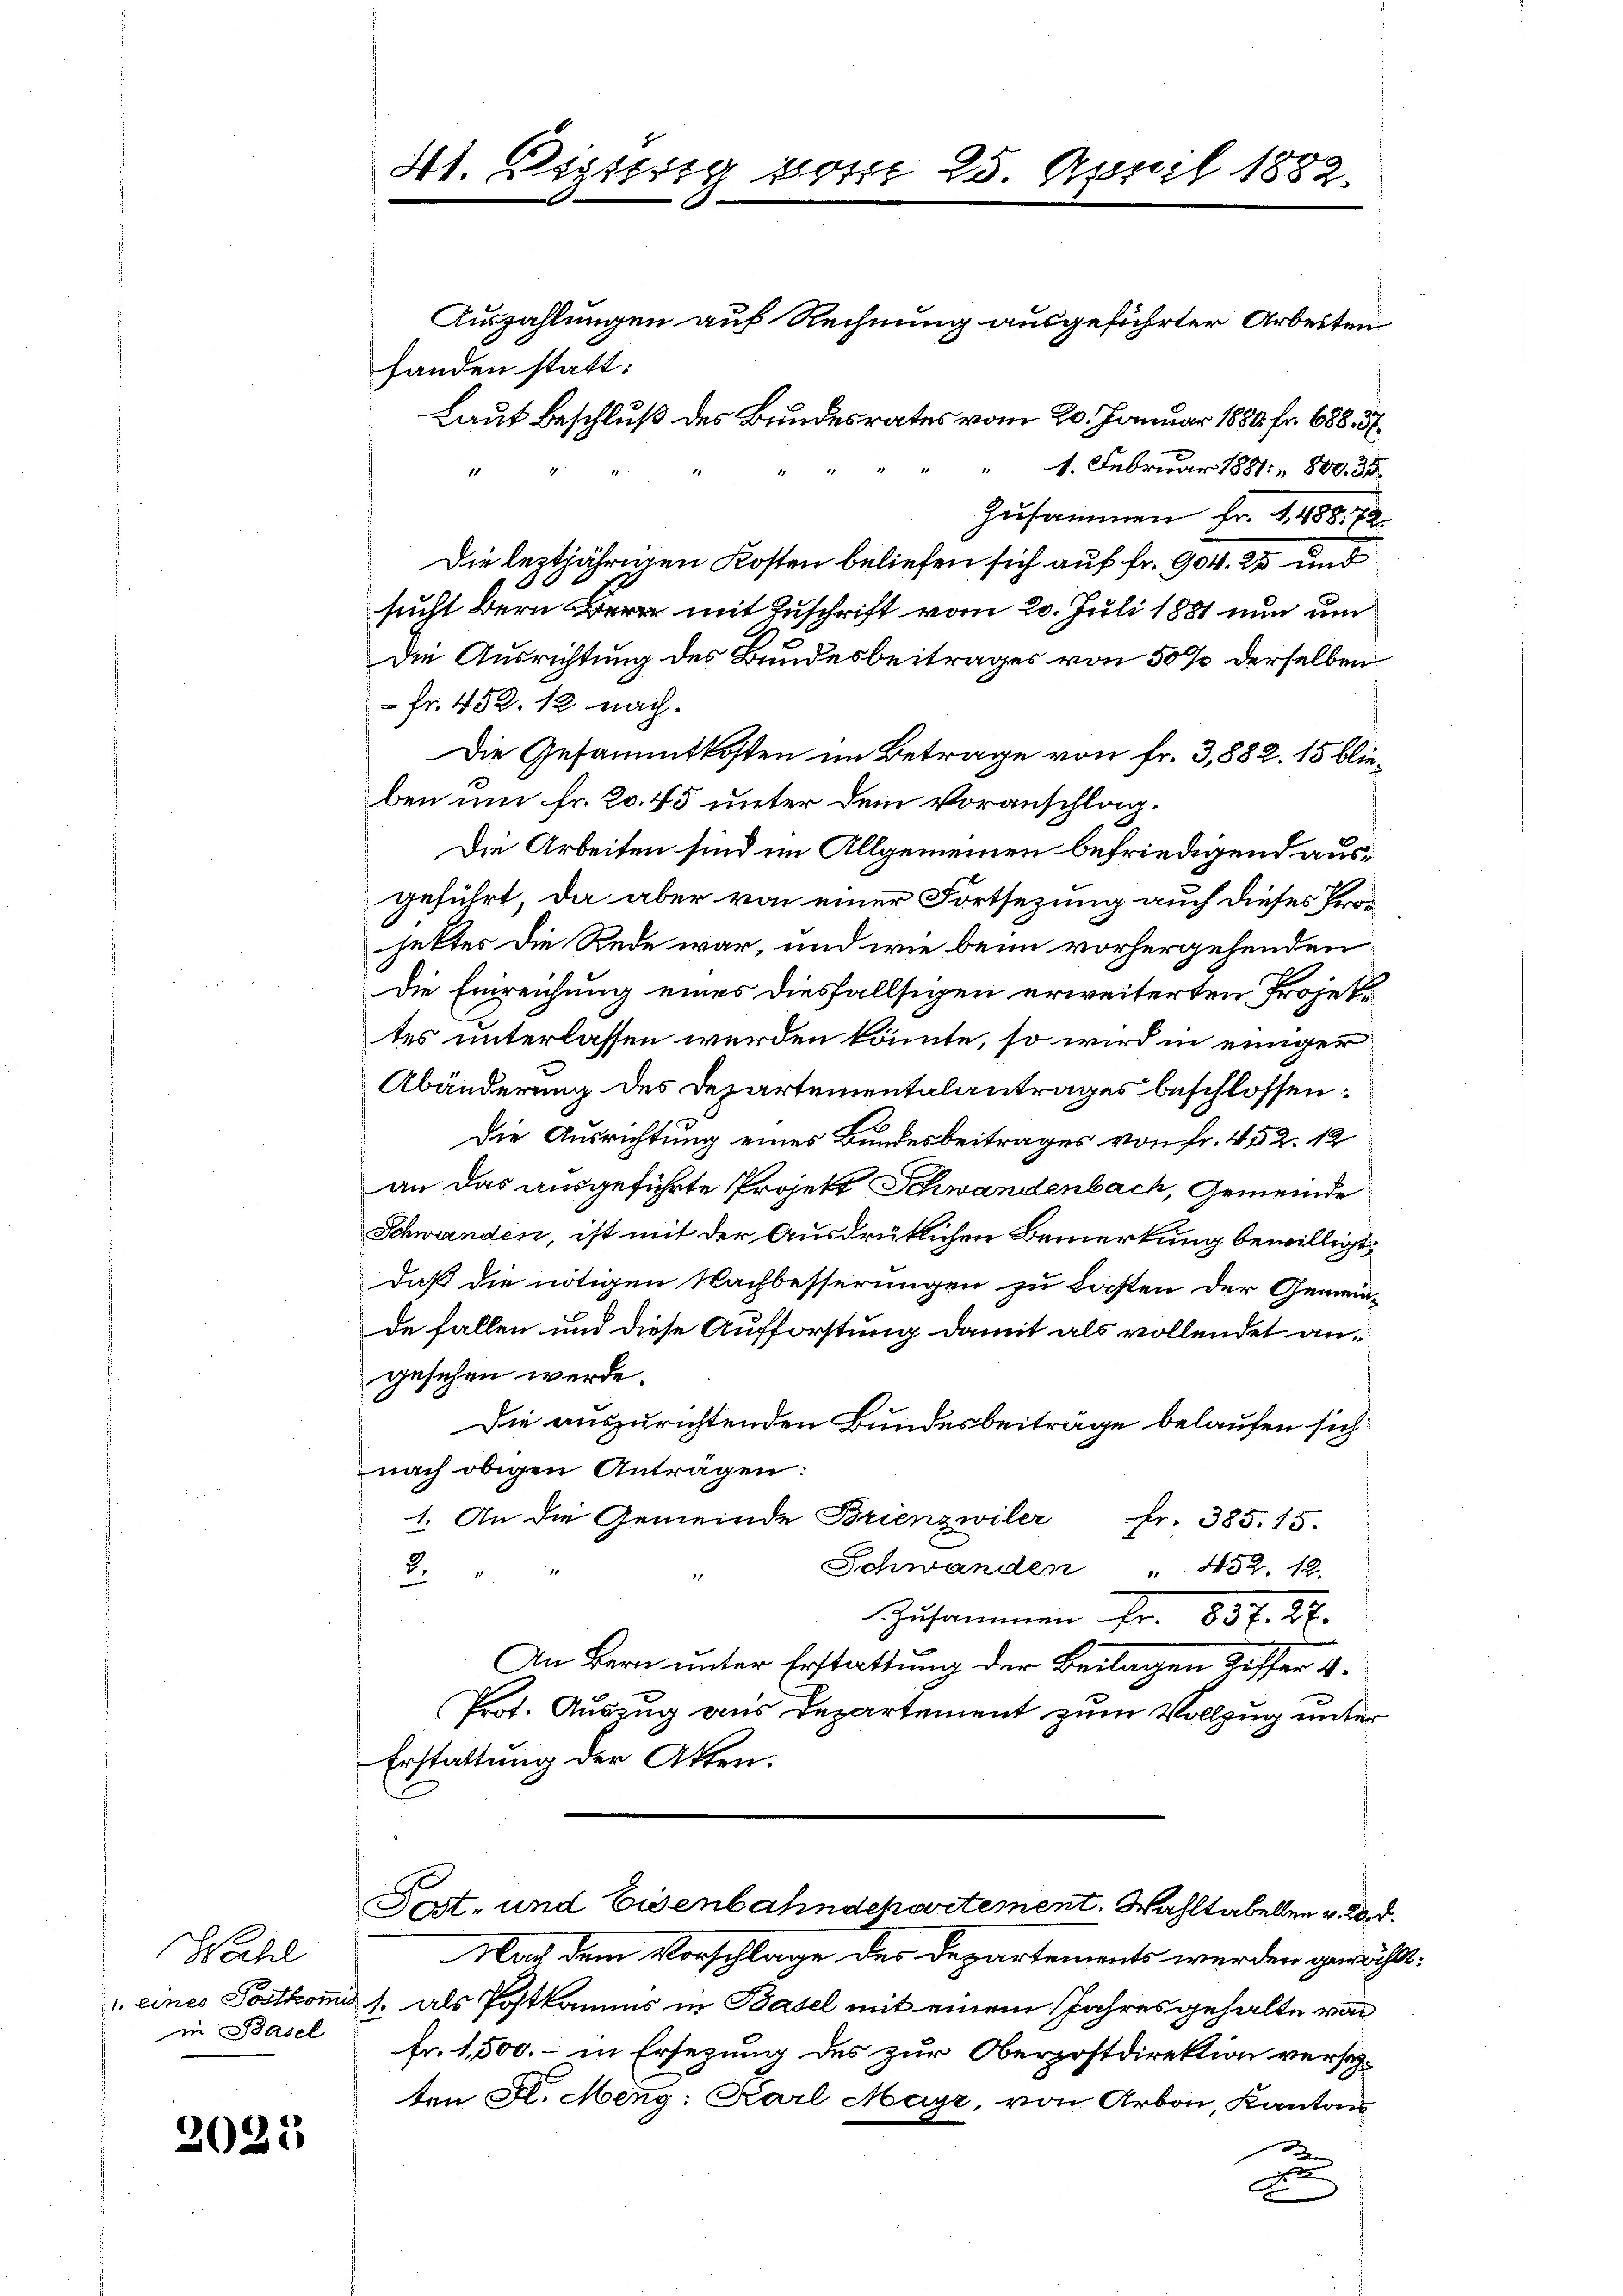
Wahl
in Basel

2021

Auszahlungen auf Rechnung ausgeführter Arbeiten
handen statt:
Laut Beschluß des Bundesrates vom 20. Januar 1880 fr. 688. 5
1. Februar 1881. 800. 35.
Zusammen Fr. 1488, 72
Die leztjährigen Kosten beliefen sich auf fr. 904. 25 und
sucht der er mit Zuschrift vom 20. Juli 1881 nun um
Die Ausrichtung des Bundesbeitrages von 50 % derselben
 Fr. 452. 12 nach.
Die Gesammtkosten im Betrage von Fr. 3,882. 15 blieben um fr. 20. 45 unter dem Voranschlag.
Die Arbeiten sind im Allgemeinen befriedigend ausgeführt, da aber von einer Fortsezung auch dieses Projettes die Rede war, und wie beim vorhergehenden
Die Einreichung eines diesfallsigen erweiterten Projektes unterlassen werden könnte, so wird in einiger
Abänderung des Departementalantrages beschlossen:
Die Ausrichtung eines Bundesbeitrages von Fr. 452. 12
an das ausgeführte Projekt Schwandenbach, Gemeinde
Schwanden, ist mit der Ausdrüklichen Bemerkung bewilligt,
daß die nötigen Nachbesserungen zu Lasten der Gemeinde fallen und diese Aufforstung damit als vollendet angesehen werde.
Die auszurichtenden Bundesbeiträge belaufen sich
nach obigen Anträgen:
1. An die Gemeinde Brienzwiler fr. 385. 15.
Schwanden " 452. 12.
2.
Zusammen Fr. 83 f. 2.
An Bern unter Erstattung der Beilagen Riffer 4.
Prot. Auszug vons Departement zum Vollzug unter
Erstattung der Akten.
Post- und Eisenbahndepartement. Wahltabellen v. 20. d.
Nach dem Vorschlage des Departements werden gewächst:
.eines Postkomit s. als Postkamms in Basel mit einem Jahresgehalte von
fr. 1500.- in Ersezung des zur Oberzostdirektion versezten Fl. Meng: Karl Mayr, von Arbon, Kantons
e
d

41. Distrig vor
.

25. April 1882.